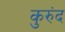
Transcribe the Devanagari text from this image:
कुरुंद